Civil Veterinary Dept. Bombay admin report 1900-1906 - 1900-1906
Year: 1900
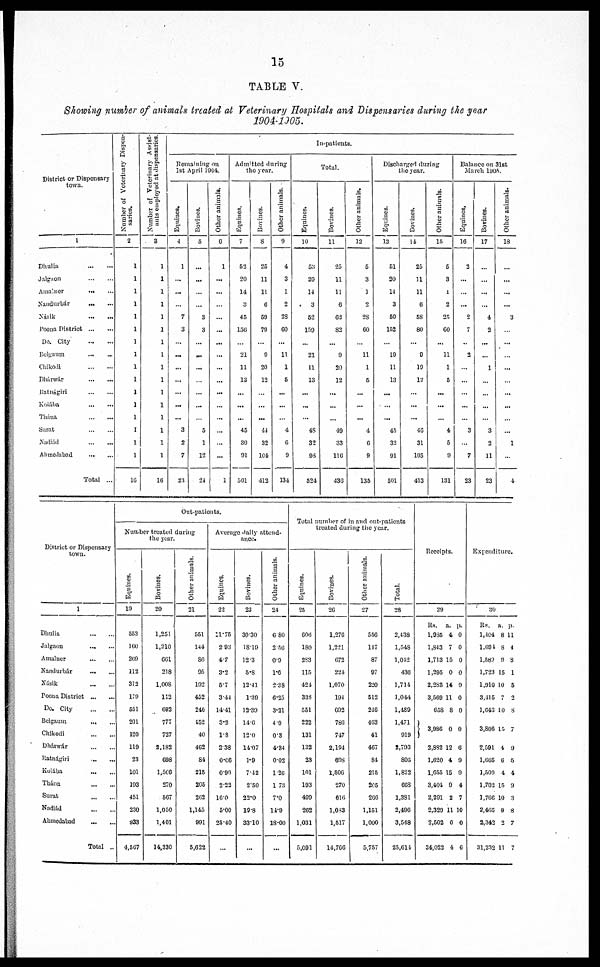
15
TABLE V.
Shoving number of animals treated at Veterinary Hospitals and Dispensaries during the year
1904-1905.
District or Dispensary
town.
1
Dhulia ... ...
Jalgaon
...
...
Amalner
...
...
Nandurár ... ...
Násik
...
...
Poona District
...
...
Do. City ... ...
Belgaum ... ...
Chikodi
...
...
Dhárwár ... ...
Ratnágiri
...
...
Kolába
...
...
Thána ... ...
Surat
...
...
Nadiád ... ...
Ahmedabad
...
...
Total ...
Number of Veterinary Dispen-
saries.
2
1
1
1
1
1
1
1
1
1
1
1
1
1
1
1
1
10
Number of Veterinary Assist-
ants employed at dispensaries.
3
1
1
1
1
1
1
1
1
1
1
1
1
1
1
1
1
16
Remaining on
1st April 1004.
Equines.
4
1
...
...
...
7
3
...
...
...
...
...
...
...
8
2
7
23
Bovines.
6
...
...
...
...
3
3
...
...
...
...
...
...
6
1
12
24
Other animals.
0
1
...
...
...
...
...
...
...
...
...
...
...
...
...
1
Admitted during
the year.
Equines.
7
52
20
11
3
48
158
...
21
11
13
...
...
...
45
30
91
001
Bovines.
8
26
11
11
0
60
70
...
0
20
12
...
...
...
44
32
101
413
Other animals.
9
1
3
1
2
23
00
...
11
1
6
...
...
...
1
6
9
131
In-patients.
Equines.
10
63
20
14
3
62
150
...
21
11
13
...
...
...
48
32
98
621
Total.
Bovines.
11
25
11
11
0
63
82
...
9
20
12
...
...
...
40
33
110
430
Other animals.
12
6
3
1
2
28
60
...
11
1
6
...
...
...
1
0
9
135
Discharged during
the year.
Equines.
13
61
20
14
3
60
152
...
19
11
13
...
...
...
45
32
91
601
Bovines.
14
25
11
11
0
68
80
...
9
10
12
...
...
...
46
31
105
113
Other animals.
15
6
3
1
2
25
60
...
11
1
6
...
...
...
1
6
9
131
Balances on 31st
March 1905.
Equines,
10
2
...
...
...
2
7
...
2
...
...
...
...
...
3
7
23
Bovines.
17
...
...
...
...
1
2
...
...
1
...
...
...
...
3
2
11
23
Other animals.
18
...
...
...
...
3
...
...
...
...
...
...
...
...
1
...
1
District or Dispensary
town.
1
Dhulia
...
...
Jalgaon
...
...
Amalner
...
...
Nandurbár ... ...
Násik ... ...
Poona District ... ...
Do. City
...
...
Belgaum
...
...
Chikodi
...
...
Dhárwár
...
...
Ratnágiri ... ...
Kolába
...
...
Thána
...
...
Surat
...
...
Nodiád
...
...
Ahmedabad ... ...
Total ..
Out-patients.
Number treated during
the year.
Equines.
10
563
100
200
112
3iS
170
651
201
120
119
23
101
103
451
230
983
4,607
Bovines.
20
1,251
1,210
661
218
1.008
112
093
777
727
1,182
098
1,506
270
607
1,050
1,401
14,330
Other animals.
21
551
144
80
05
102
452
246
152
40
462
81
215
205
202
1,145
991
6,622
Average daily attend-
ance.
Equines.
22
21.75
2 93
4.7
3.2
5.7
314
14.41
3.2
1.8
2 38
0.06
090
2.23
160
5.00
25.40
...
Bovines.
23
30.30
1810
12.3
5.8
12-41
1-30
13.30
14.6
120
14.07
1.9
7.42
2'50
22.0
19-8
3310
...
Other animals.
24
080
2 50
0.9
1.0
2.38
6.25
3.21
4.9
03
4.84
002
1.26
1 73
7.0
14.9
18.00
...
Total number of in and out-patients
treated during the year.
Equine*.
25
000
180
2S3
115
424
333
551
233
131
132
23
101
193
409
263
1.031
5,091
Bovines.
26
1.270
1,221
672
224
1,070
104
002
780
717
2,194
608
1,506
270
616
1,083
1,617
11,700
Other animals.
27
550
117
87
97
220
612
246
403
41
407
81
215
206
266
1,151
1,000
5,757
Total.
28
2,438
1,548
1,042
430
1,714
1,041
1,489
1,471
919
2,703
805
1,822
668
1,381
2,490
3,548
25,011
Receipts.
39
Rs. a. p.
1,035 4 0
1,843 7 0
1,713 15 0
1,395 0 0
2,288 14 9
3,580 11 0
653 8 0
3,986 0 0
2,882 12 6
1,020 4 9
1,655 15 9
3,401 9 4
2,291 2 7
2,329 11 10
2,502 0 0
34,023 4 6
Expenditure.
30
Rs. a. p.
1,404 8 11
1,604 8 4
1,589 9 3
1,723 15 I
1,910 10 5
3,415 7 2
1,643 10 8
3,806 15 7
2,591 4 9
1,685 6 5
1,500 4 4
1,702 15 9
1,766 10 3
2,465 9 8
2,342 2 7
31,232 11 7